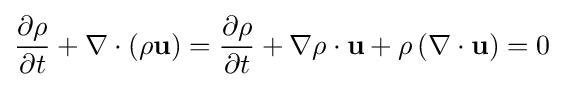
{\partial \rho  \over \partial t}+{\nabla \cdot \left(\rho \mathbf {u} \right)}={\partial \rho  \over \partial t}+{\nabla \rho \cdot \mathbf {u} }+{\rho \left(\nabla \cdot \mathbf {u} \right)}=0